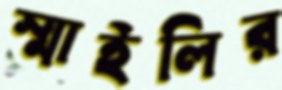
স্মাইলির